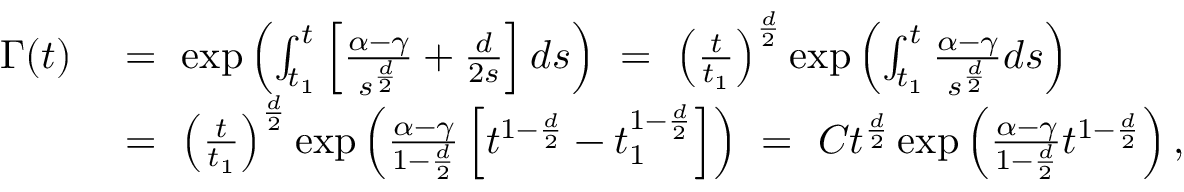
\begin{array} { r l } { \Gamma ( t ) \ } & { = \ \exp \left( \int _ { t _ { 1 } } ^ { t } \left[ \frac { \alpha - \gamma } { s ^ { \frac { d } { 2 } } } + \frac { d } { 2 s } \right] d s \right) \ = \ \left( \frac { t } { t _ { 1 } } \right) ^ { \frac { d } { 2 } } \exp \left( \int _ { t _ { 1 } } ^ { t } \frac { \alpha - \gamma } { s ^ { \frac { d } { 2 } } } d s \right) } \\ & { = \ \left( \frac { t } { t _ { 1 } } \right) ^ { \frac { d } { 2 } } \exp \left( \frac { \alpha - \gamma } { 1 - \frac { d } { 2 } } \left[ t ^ { 1 - \frac { d } { 2 } } - t _ { 1 } ^ { 1 - \frac { d } { 2 } } \right] \right) \ = \ C t ^ { \frac { d } { 2 } } \exp \left( \frac { \alpha - \gamma } { 1 - \frac { d } { 2 } } t ^ { 1 - \frac { d } { 2 } } \right) , } \end{array}